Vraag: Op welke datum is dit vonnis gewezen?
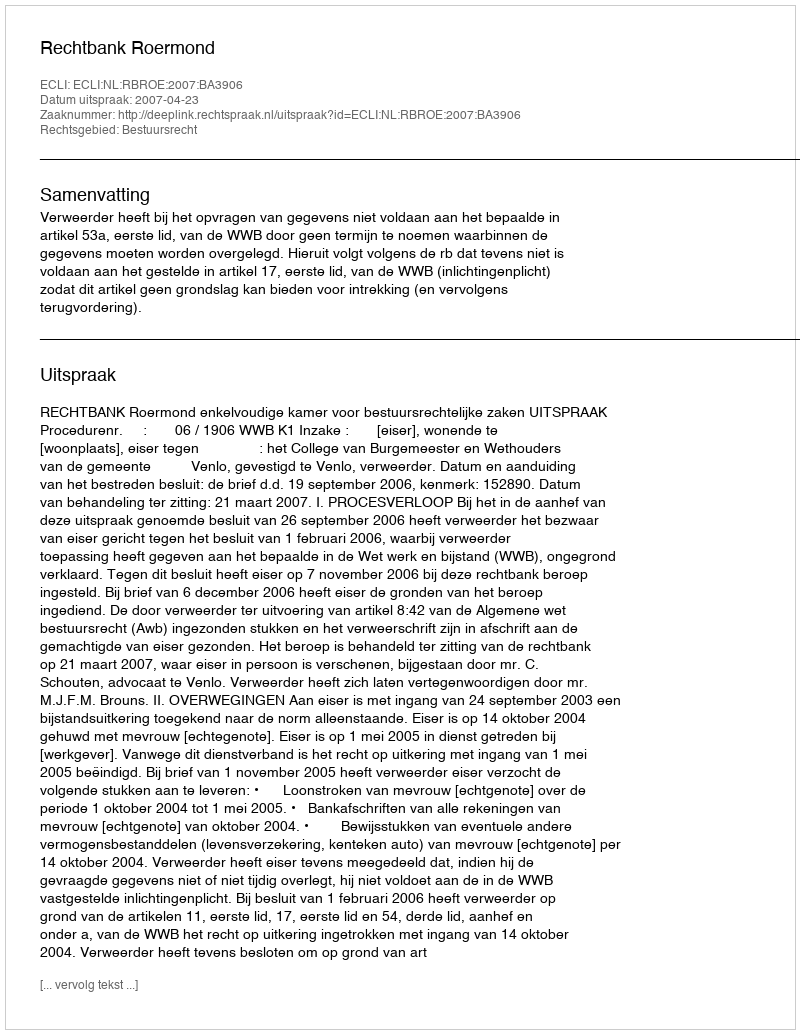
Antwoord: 2007-04-23